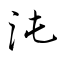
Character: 沌